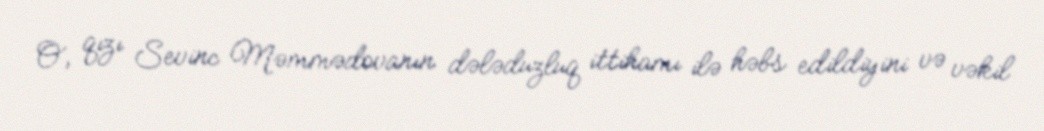
O, qızı Sevinc Məmmədovanın dələduzluq ittihamı ilə həbs edildiyini və vəkil